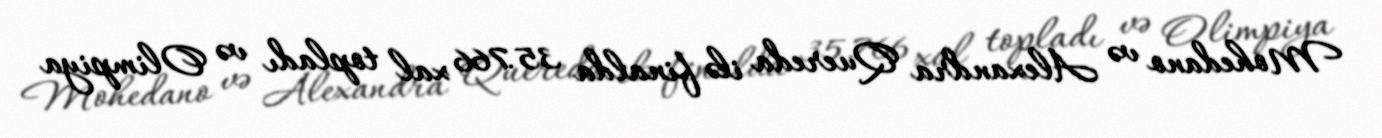
Mohedano və Alexandra Quereda ilə finalda 35.766 xal topladı və Olimpiya